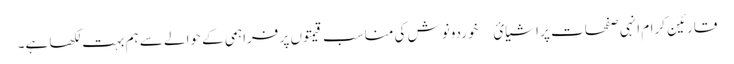
قارئین کرام انہی صفحات پر اشیائ￿ خوردونوش کی مناسب قیمتوں پر فراہمی کے حوالے سے ہم بہت لکھا ہے۔